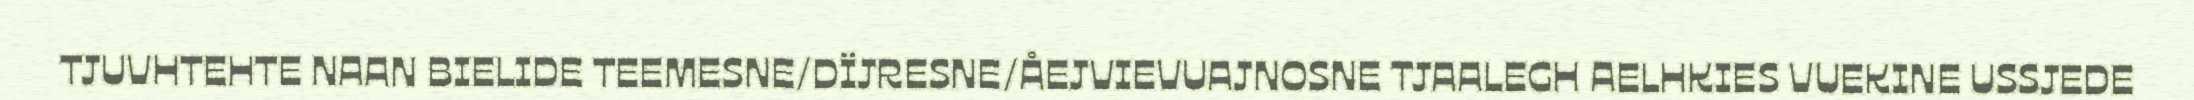
TJUVHTEHTE NAAN BIELIDE TEEMESNE/DÏJRESNE/ÅEJVIEVUAJNOSNE TJAALEGH AELHKIES VUEKINE USSJEDE